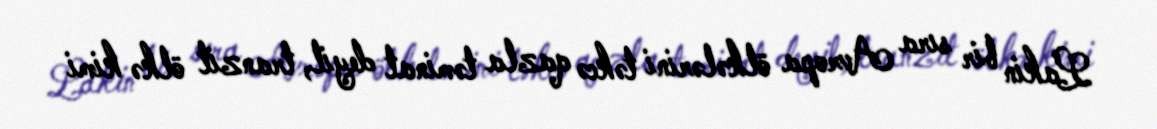
Lakin bir sıra Avropa ölkələrini təkcə qazla təminat deyil, tranzit ölkə kimi